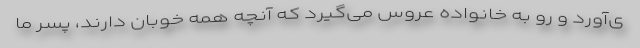
ی‌آورد و رو به خانواده عروس می‌گیرد که آنچه همه خوبان دارند، پسر ما